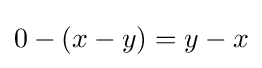
0-(x-y)=y-x